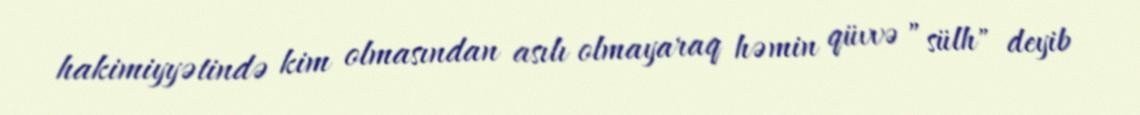
hakimiyyətində kim olmasından asılı olmayaraq həmin qüvvə ”sülh" deyib